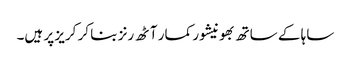
ساہا کے ساتھ بھونیشور کمار آٹھ رنز بنا کر کریز پر ہیں۔